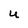
Character: U